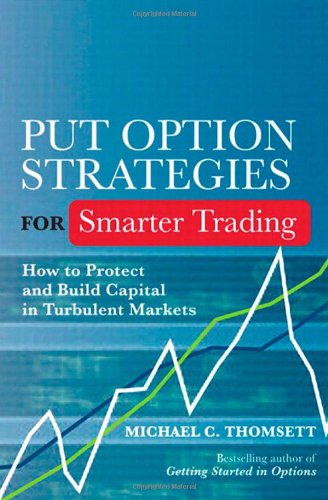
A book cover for Put Option Strategies for Smarter Trading: How to Protect and Build Capital in Turbulent Markets; Michael C. Thomsett; Business & Money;